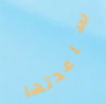
ساعدتها